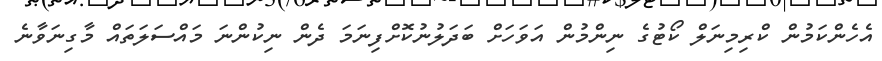
އެހެންކަމުން ކްރިމިނަލް ކޯޓުގެ ނިންމުން އަވަހަށް ބަދަލުނުކޮށްފިނަމަ ދެން ނިކުންނަ މައްސަލަތައް މާގިނަވާނެ